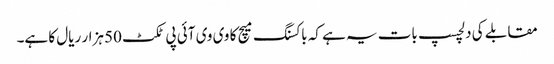
مقابلے کی دلچسپ بات یہ ہے کہ باکسنگ میچ کا وی وی آئی پی ٹکٹ 50 ہزار ریال کا ہے۔